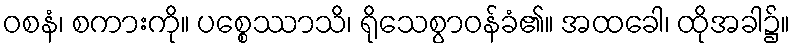
ဝစနံ၊ စကားကို။ ပစ္စေဿာသိ၊ ရိုသေစွာဝန်ခံ၏။ အထခေါ၊ ထိုအခါ၌။